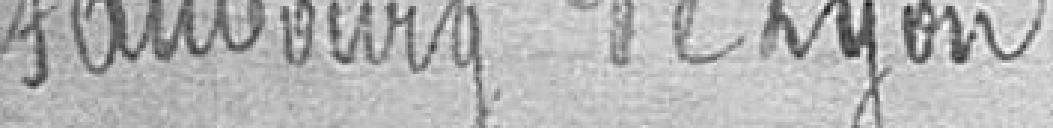
faubourg de Lyon